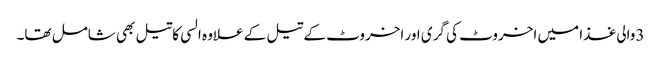
3والی غذا میں اخروٹ کی گری اور اخروٹ کے تیل کے علاوہ السی کاتیل بھی شامل تھا۔